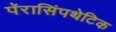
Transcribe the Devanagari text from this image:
पॅरासिंपथेटिक